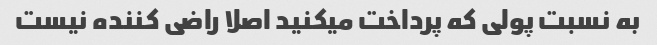
به نسبت پولی که پرداخت میکنید اصلا راضی کننده نیست